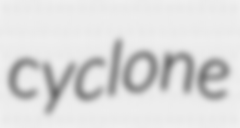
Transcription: cyclone